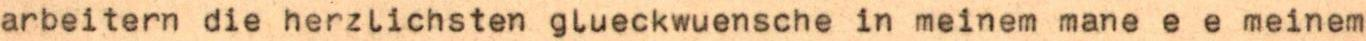
arbeitern die herzlichsten glueckwuensche in meinem mane e e meinem